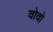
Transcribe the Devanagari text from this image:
वोवो